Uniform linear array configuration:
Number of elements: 16
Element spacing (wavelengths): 1
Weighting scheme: cosine
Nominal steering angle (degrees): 0
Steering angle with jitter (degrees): -1.158
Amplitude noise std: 0.05
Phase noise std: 0.05

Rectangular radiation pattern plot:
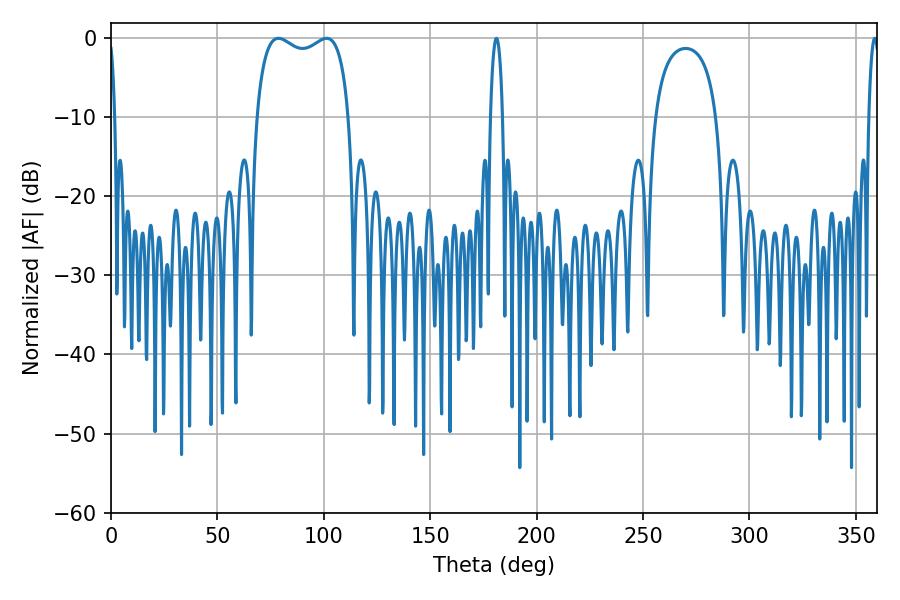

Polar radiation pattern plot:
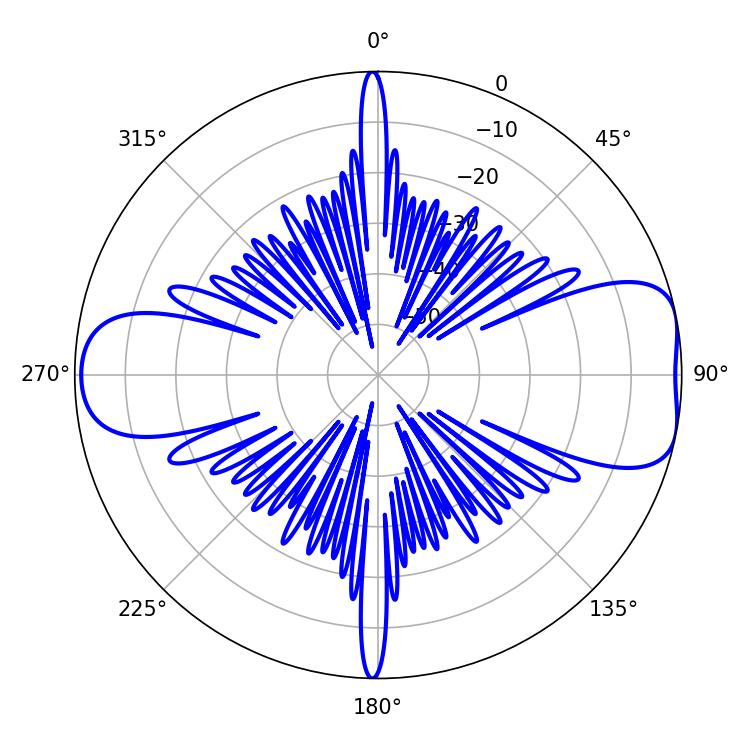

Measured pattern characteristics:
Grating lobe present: TRUE
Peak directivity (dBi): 8.169
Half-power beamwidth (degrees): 35.64
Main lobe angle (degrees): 78.66